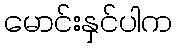
မောင်းနှင်ပါက